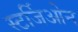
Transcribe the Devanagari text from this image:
स्टर्जिओन